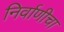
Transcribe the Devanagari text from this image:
निर्वाणीचा